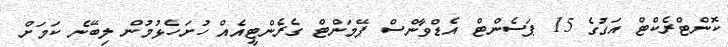
ކޮންޓްރެކްޓް އަގުގެ 15 ޕަސެންޓް އެޑްވާންސް ޕޭމަންޓް ގެރެންޓީއެއް ހުށަހެޅުމުން ލިބޭނެ ކަމަށް